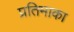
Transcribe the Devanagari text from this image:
प्रतिमाका